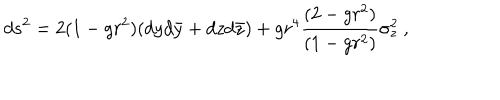
d s ^ { 2 } = 2 ( 1 - g r ^ { 2 } ) ( d y d \bar { y } + d z d \bar { z } ) + g r ^ { 4 } { \frac { ( 2 - g r ^ { 2 } ) } { ( 1 - g r ^ { 2 } ) } } \sigma _ { z } ^ { 2 } \ ,